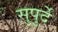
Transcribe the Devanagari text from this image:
सुपुर्दे